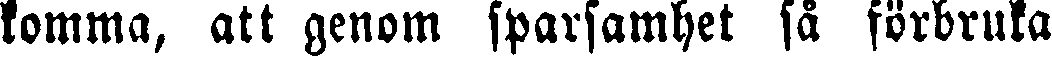
komma, att genom sparsamhet så förbruka